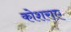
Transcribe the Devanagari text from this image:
कोशराए